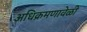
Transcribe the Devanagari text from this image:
अधिक्रमणावेळी